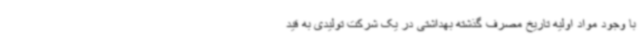
با وجود مواد اولیه تاریخ مصرف گذشته بهداشتی در یک شرکت تولیدی به قید